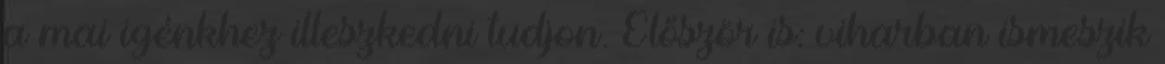
a mai igénkhez illeszkedni tudjon. Először is: viharban ismeszik